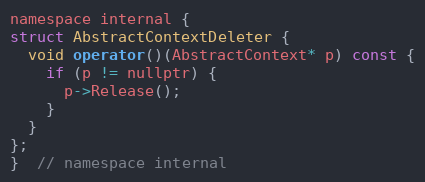
Language: C
namespace internal {
struct AbstractContextDeleter {
  void operator()(AbstractContext* p) const {
    if (p != nullptr) {
      p->Release();
    }
  }
};
}  // namespace internal